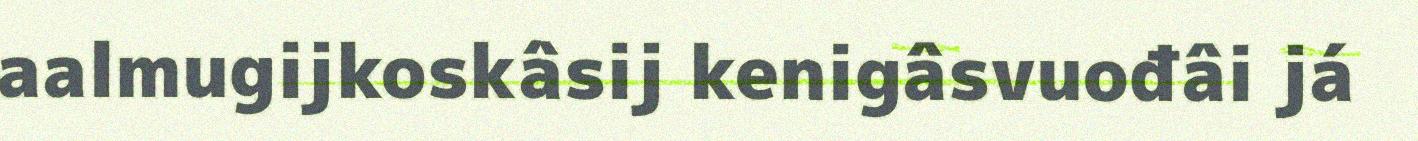
aalmugijkoskâsij kenigâsvuođâi já